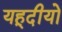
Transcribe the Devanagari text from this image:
यहूदीयो